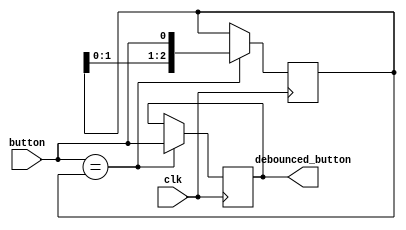
module debounce (
  input clk,
  input button,
  output reg debounced_button
);

parameter debounce_count = 3;
reg [debounce_count-1:0] history = {debounce_count{1'b1}};

always @(posedge clk) begin
  if (button == history) begin
    debounced_button <= button;
    history <= {history[debounce_count-2:0], button};
  end
end
endmodule